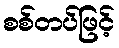
စစ်တပ်ဖြင့်